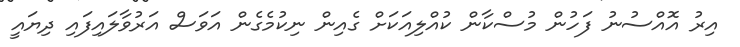
އިރު އޮއްސުނު ފަހުން މުސްކާން ކުއްލިއަކަށް ގެއިން ނިކުމެގެން އަވަސް އަރުވާލައިފައި ދިޔައީ